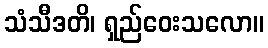
သံသီဒတိ၊ ရှည်ဝေးသလော။